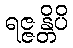
ရဇ္ဇန္တိပိ